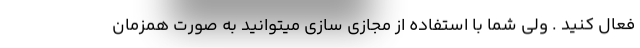
فعال کنید . ولی شما با استفاده از مجازی سازی میتوانید به صورت همزمان